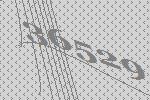
36529